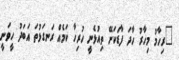
"ރިހާމު މިހާރު ހާދަ ފާޑަކަށޭ ތިއުޅެނީ ހުރިހާ ކަމެއް ރަނގަޅުތަ އަބަދު ހީވަނީ